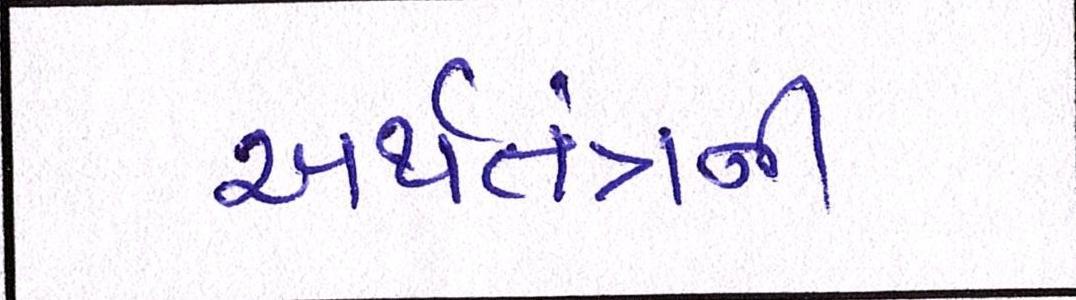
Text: અર્થતંત્રની